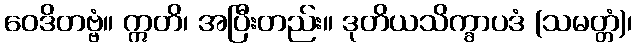
ဝေဒိတဗ္ဗံ။ ဣတိ၊ အပြီးတည်း။ ဒုတိယသိက္ခာပဒံ (သမတ္တံ)၊